Scottish Leaving Certificate Examination, 1959
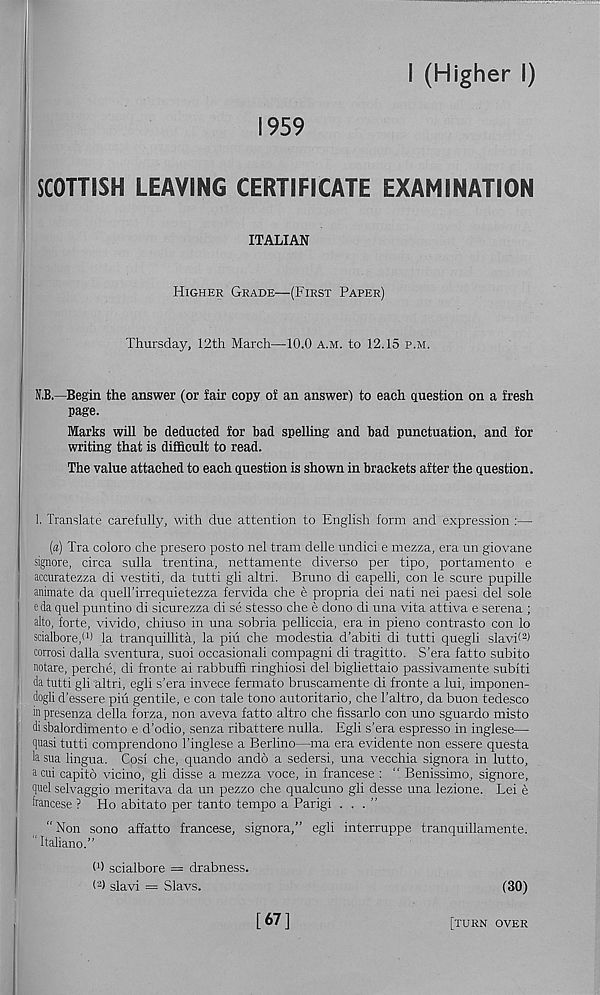
I (Higher I)
1959
SCOTTISH LEAVING CERTIFICATE EXAMINATION
ITALIAN
Higher Grade—(First Paper)
Thursday, 12th March—10.0 a.m. to 12.15 p.m.
N.B.—Begin the answer (or fair copy of an answer) to each question on a fresh
page.
Marks will be deducted for bad spelling and bad punctuation, and for
writing that is difficult to read.
The value attached to each question is shown in brackets after the question.
1. Translate carefully, with due attention to English form and expression :—
(a) Tra coloro che presero posto nel tram delle undici e mezza, era un giovane
signore, circa sulla trentina, nettamente diverse per tipo, portamento e
accuratezza di vestiti, da tutti gli altri. Bruno di eapelli, con le scure pupille
animate da quell’irrequietezza fervida che e propria dei nati nei paesi del sole
e da quel puntino di sicurezza di se stesso che e dono di una vita attiva e serena ;
alto, forte, vivido, chiuso in una sobria pelliccia, era in pieno contrasto con lo
scialbore,* 1 ) la tranquillita, la pin che modestia d’abiti di tutti quegli slavb 2 )
corrosi dalla sventura, suoi occasional! compagni di tragitto. S’era fatto subito
notare, perche, di fronte ai rabbuffi ringhiosi del bigliettaio passivamente subiti
da tutti gli altri, egli s’era invece fermato bruscamente di fronte a lui, imponen-
! dogli d’essere piu gentile, e con tale tone autoritario, che 1’altro, da buon tedesco
in presenza della forza, non aveva fatto altro che fissarlo con uno sguardo misto
di sbalordimento e d’odio, senza ribattere nulla. Egli s’era espresso in inglese—
quasi tutti comprendono 1’inglese a Berlino—ma era evidente non essere questa
h sua lingua. Cosi che, quando ando a sedersi, una vecchia signora in lutto,
acui capito vicino, gli disse a mezza voce, in francese : “ Benissimo, signore,
quel selvaggio meritava da un pezzo che qualcuno gli desse una lezione. Lei e
francese ? Ho abitato per tanto tempo a Parigi ...”
" Non sono affatto francese, signora,” egli interruppe tranquillamente.
" Italiano.”
(4 scialbore = drabness.
< 2 ) slavi = Slavs.
(30)
[67]
[turn over